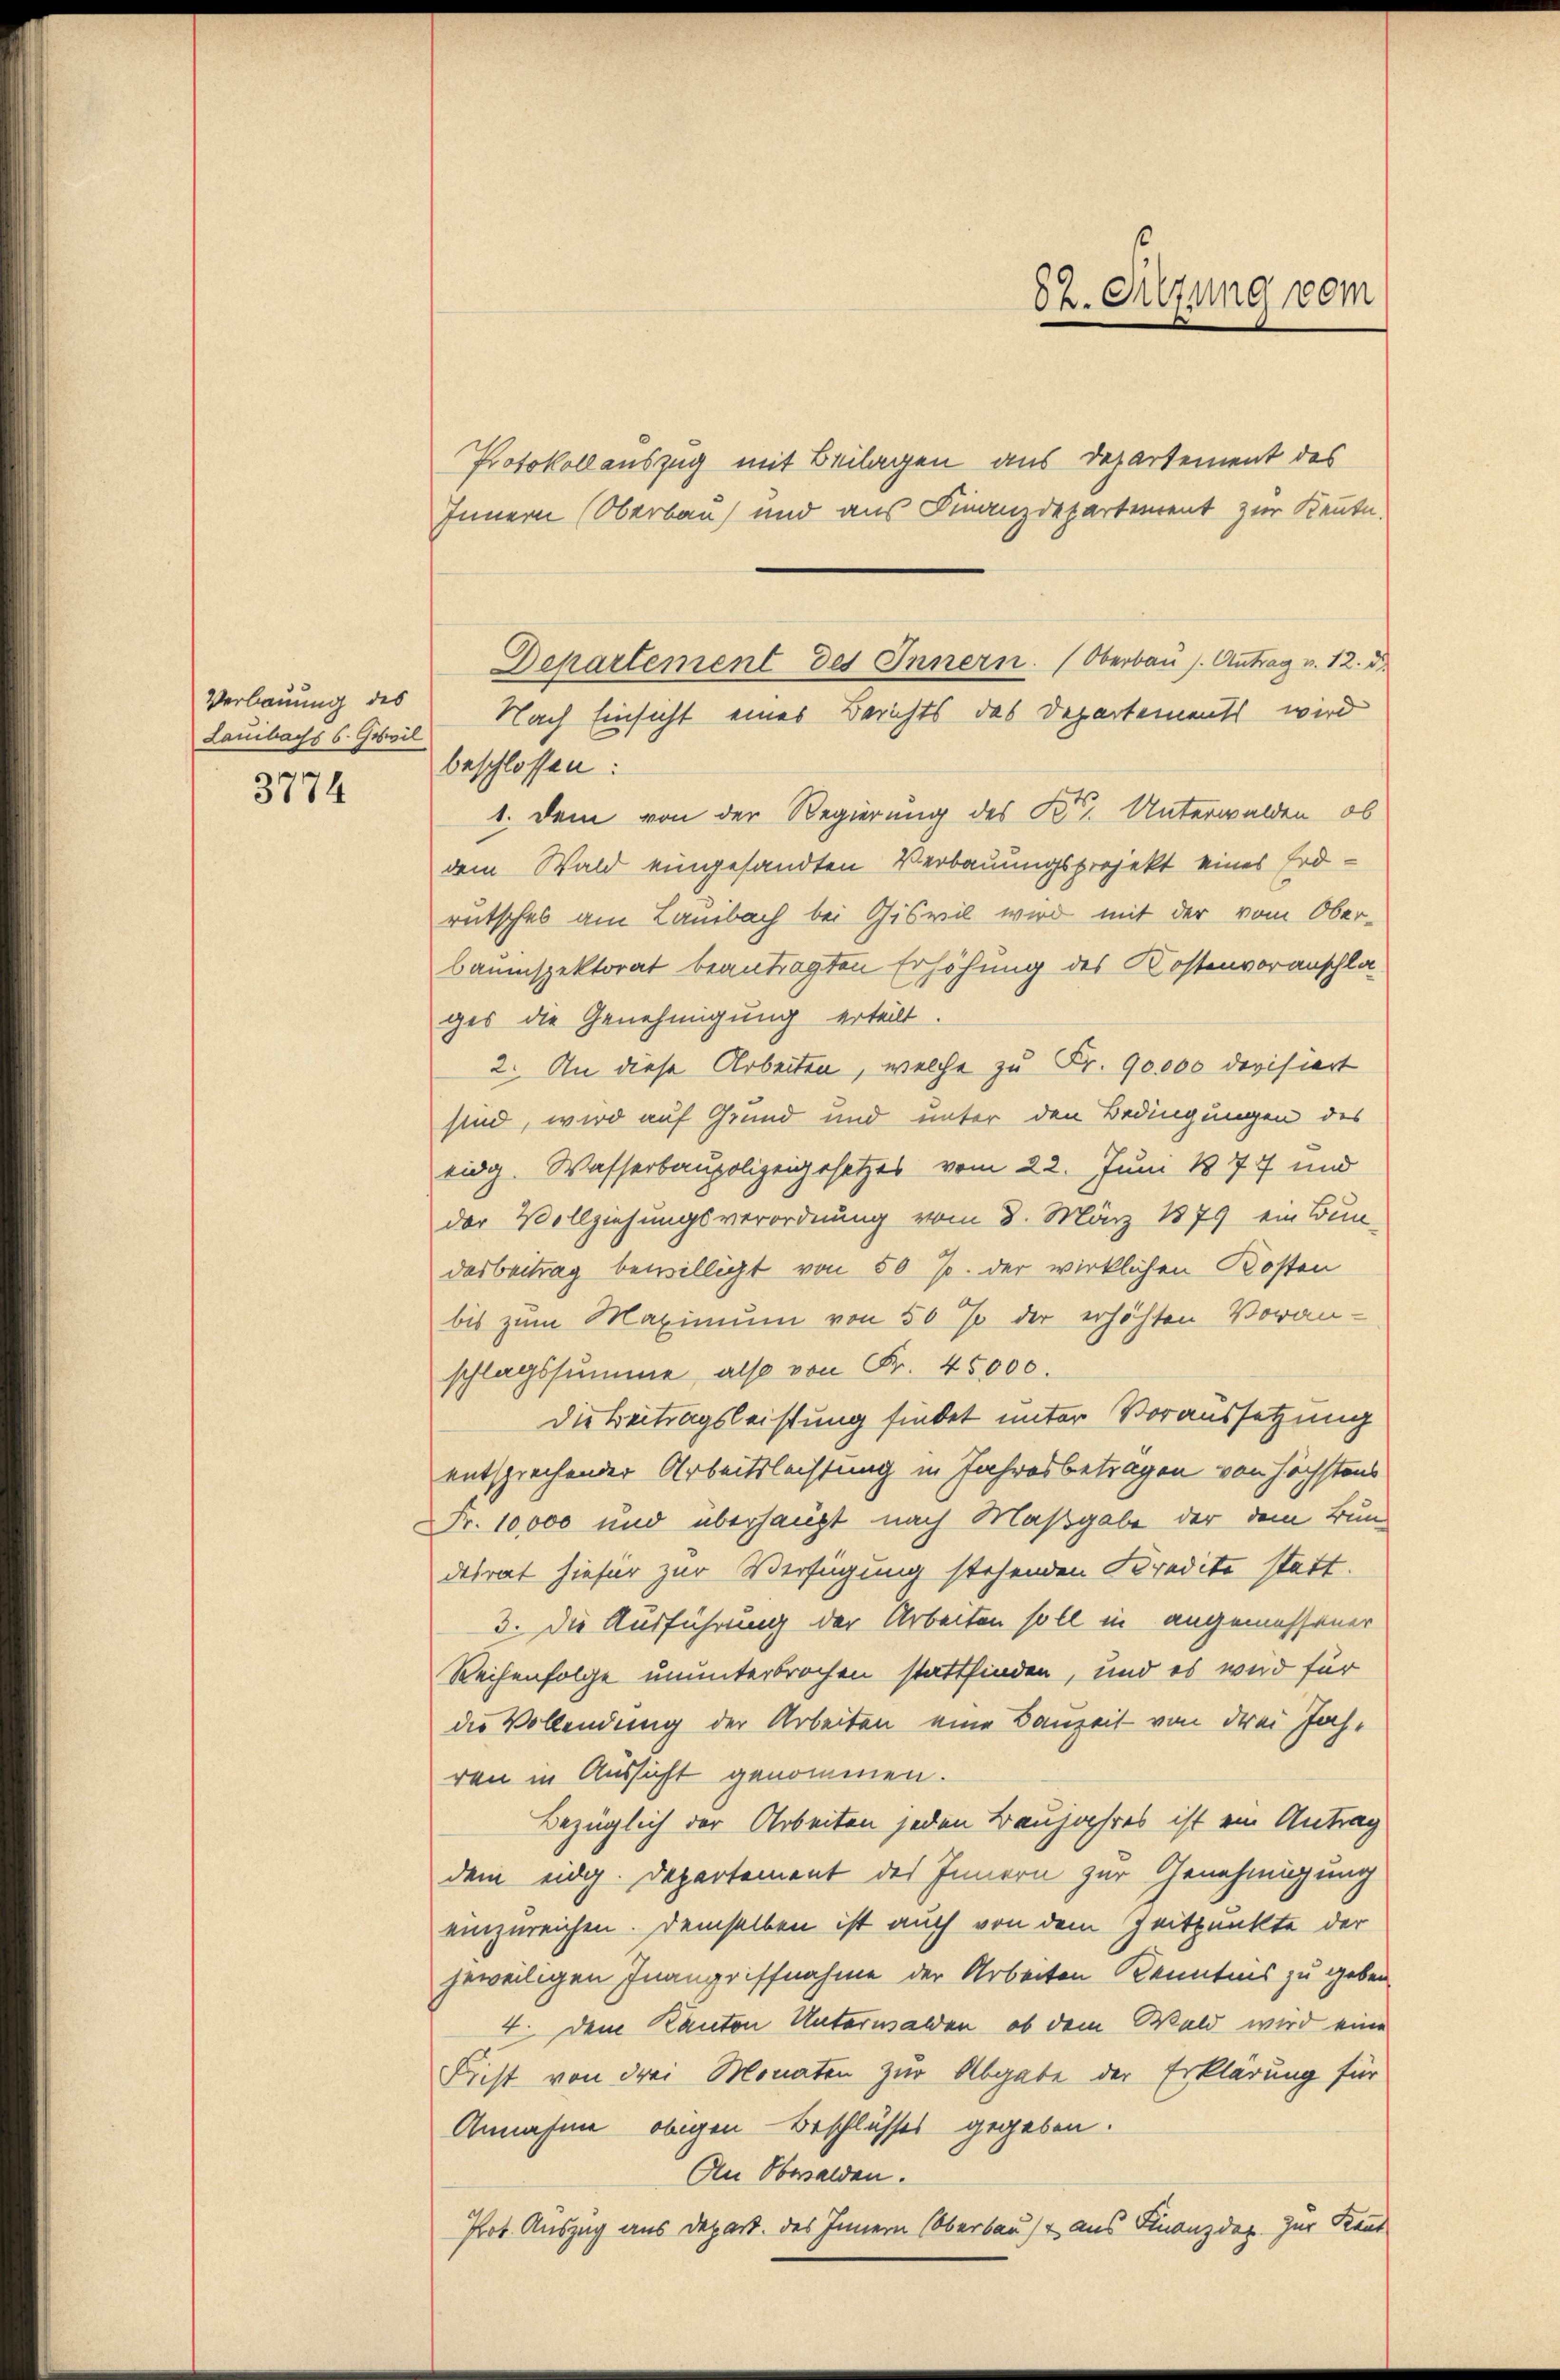
Verbauung des
3774

Protokollauszug mit Beilagen aus Departement des
Innern Oberbau und aus Finanzdepartement zur Kennte.
beschlossen:
1. Dem von der Regierung des Kt. Unterwalden, ob
dem Wald eingesandten Verbauungsprojekt eines Erdrutsches am Lausbach bei Giswil wird mit der vom Oberbauinspektorat beantragten Erhöhung des Kostenvoranschlages die Genehmigung erteilt
2. An diese Arbeiten, welche zu Fr. 90,000 devisiert
sind, wird auf Grund und unter den Bedingungen des
eidg. Wasserbaupolizeigesetzes vom 22. Juni 1877 und
der Vollziehungsverordnung vom 8. März 1879 ein Bun-
desbeitrag bewilligt von 50 J. der wirklichen Kosten
bis zum Maximum von 50 % der erhöhten Voran-
schlagssumme, also von Fr. 45000.
Die Beitragsleistung findet unter Voraussetzung
entsprechender Arbeitsleistung in Jahresbetragen von höchstens
Fr. 10,000 und überhaupt nach Maßgabe der dem Bun-
desrat hiefür zur Verfügung stehenden Kredite statt.
3. Die Ausführung der Arbeiten soll in angemessener
Reihenfolge ununterbrochen stattfinden, und es wird für
die Vollendung der Arbeiten eine Bauzeit von drei Jahren in Aussicht genommen.
Bezüglich der Arbeiten jeden Baujahres ist ein Antrag
dem eidg. Departement des Innern zur Genehmigung
einzureichen. Demselben ist auch von dem Zeitpunkte der
jeweiligen Inangriffnahme der Arbeiten Kenntnis zu geben,
4. Dem Kanton Unterwalden, ob dem Wald wird eine
Frist von drei Monaten zur Abgabe der Erklärung für
Annahme obigen Beschlusses gegeben.
An Obwalden.
Prot. Auszug aus Depart. des Innern (Oberbaust aus Finanzdar. Zur Kaut

Departement des Innern. Oberbau s. Antrag v. 12. d.
Lauibachs s. Geheil Nach Einsicht eines Berichts des Departements wird

82. Sitzung vom